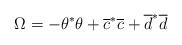
LaTeX: \begin{align*}\Omega = - \theta^* \theta + \overline c^* \overline c + \overline d^* \overline d\end{align*}